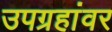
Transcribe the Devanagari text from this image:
उपग्रहांवर